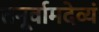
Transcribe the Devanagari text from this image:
तनूर्वामदेव्यं